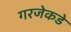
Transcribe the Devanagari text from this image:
गरजेकडे